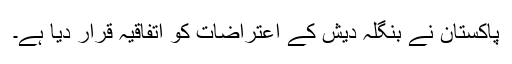
پاکستان نے بنگلہ دیش کے اعتراضات کو اتفاقیہ قرار دیا ہے۔